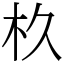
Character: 杦